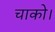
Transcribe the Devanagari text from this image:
चाको।